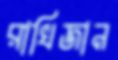
রাখিজান